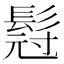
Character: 𮫇